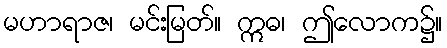
မဟာရာဇ၊ မင်းမြတ်။ ဣဓ၊ ဤလောက၌။